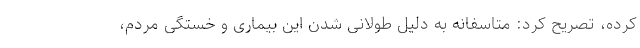
کرده، تصریح کرد: متاسفانه به دلیل طولانی شدن این بیماری و خستگی مردم،